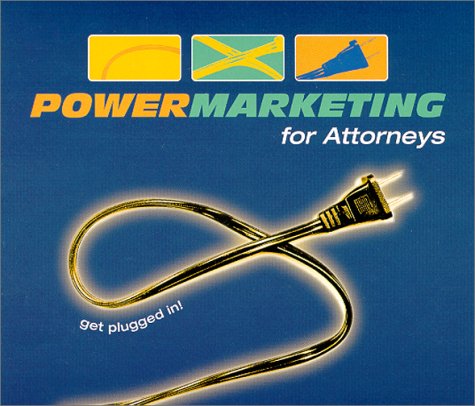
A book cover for Power Marketing for Attorneys; Cindy Speaker; Law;